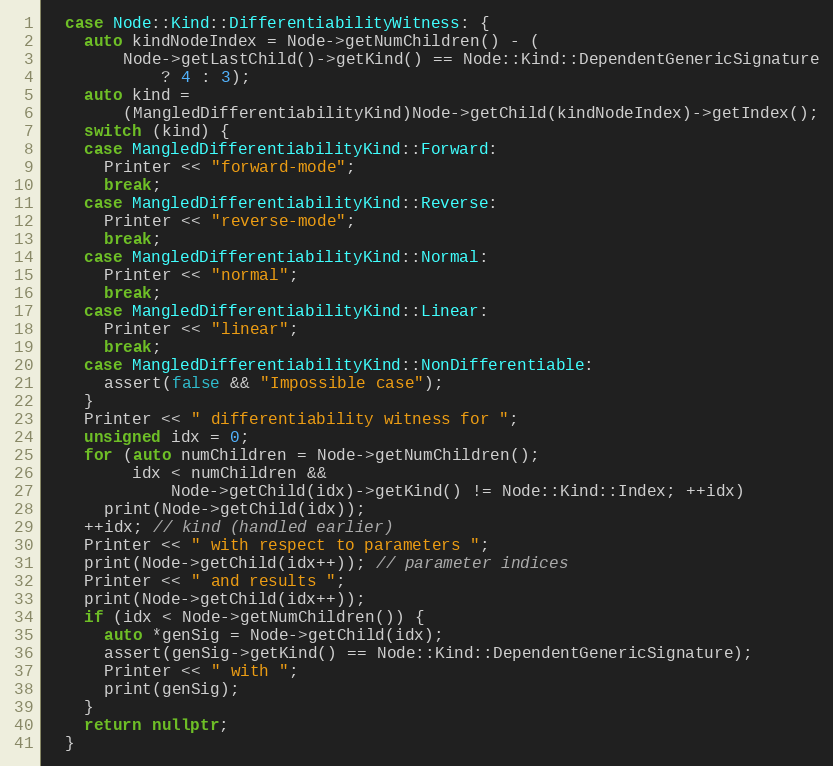
Language: C++
  case Node::Kind::DifferentiabilityWitness: {
    auto kindNodeIndex = Node->getNumChildren() - (
        Node->getLastChild()->getKind() == Node::Kind::DependentGenericSignature
            ? 4 : 3);
    auto kind =
        (MangledDifferentiabilityKind)Node->getChild(kindNodeIndex)->getIndex();
    switch (kind) {
    case MangledDifferentiabilityKind::Forward:
      Printer << "forward-mode";
      break;
    case MangledDifferentiabilityKind::Reverse:
      Printer << "reverse-mode";
      break;
    case MangledDifferentiabilityKind::Normal:
      Printer << "normal";
      break;
    case MangledDifferentiabilityKind::Linear:
      Printer << "linear";
      break;
    case MangledDifferentiabilityKind::NonDifferentiable:
      assert(false && "Impossible case");
    }
    Printer << " differentiability witness for ";
    unsigned idx = 0;
    for (auto numChildren = Node->getNumChildren();
         idx < numChildren &&
             Node->getChild(idx)->getKind() != Node::Kind::Index; ++idx)
      print(Node->getChild(idx));
    ++idx; // kind (handled earlier)
    Printer << " with respect to parameters ";
    print(Node->getChild(idx++)); // parameter indices
    Printer << " and results ";
    print(Node->getChild(idx++));
    if (idx < Node->getNumChildren()) {
      auto *genSig = Node->getChild(idx);
      assert(genSig->getKind() == Node::Kind::DependentGenericSignature);
      Printer << " with ";
      print(genSig);
    }
    return nullptr;
  }